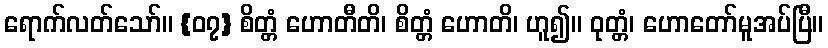
ရောက်လတ်သော်။ {၀၇} စိတ္တံ ဟောတီတိ၊ စိတ္တံ ဟောတိ၊ ဟူ၍။ ဝုတ္တံ၊ ဟောတော်မူအပ်ပြီ။